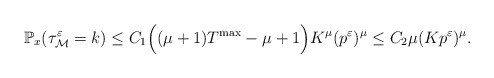
\begin{align*} \mathbb{P}_x(\tau^\varepsilon_\mathcal{M}=k) \leq C_1 \Big((\mu+1)T^{\max}-\mu+1\Big) K^{\mu} (p^\varepsilon)^\mu \leq C_2 \mu (K p^\varepsilon)^\mu.\end{align*}